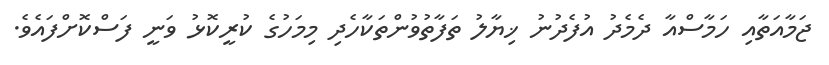
ޖަމާއަތާއި ހަމާސްއާ ދެމެދު އުފެދުނު ޚިޔާލު ތަފާތުވުންތަކާހެދި މިމަހުގެ ކުރީކޮޅު ވަނީ ފަސްކޮށްފައެވެ.